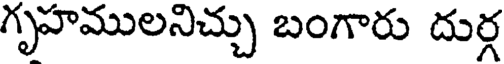
గృహములనిచ్చు బంగారు దుర్గ